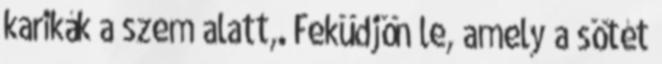
karikák a szem alatt,. Feküdjön le, amely a sötét